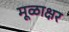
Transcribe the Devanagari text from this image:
मूळाक्षर